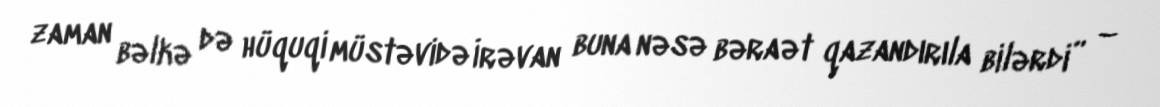
zaman bəlkə də hüquqi müstəvidə İrəvan buna nəsə bəraət qazandırıla bilərdi” –